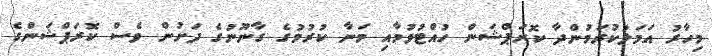
މިހާރު އަމަލުކުރަމުންދާ ކޮރަޕްޝަން ހުއްޓުވުމާއި މަނާ ކުރުމުގެ ގާނޫނުގެ ދަށުން ވެސް ކޮރަޕްޝަންގެ